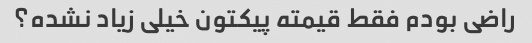
راضی بودم فقط قیمته پیکتون خیلی زیاد نشده؟